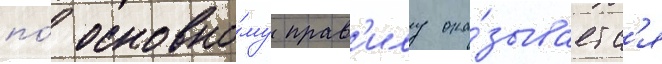
по́ основно́му прав'илу ока́зываетс'я